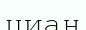
циан